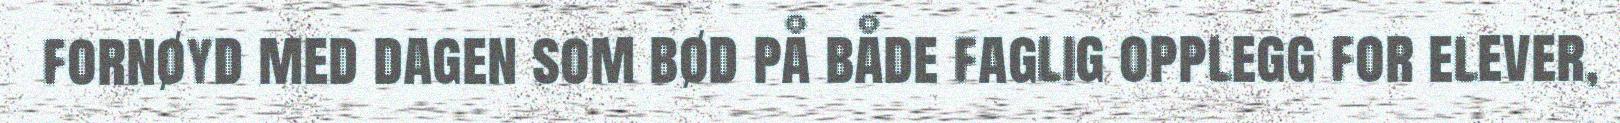
fornøyd med dagen som bød på både faglig opplegg for elever,